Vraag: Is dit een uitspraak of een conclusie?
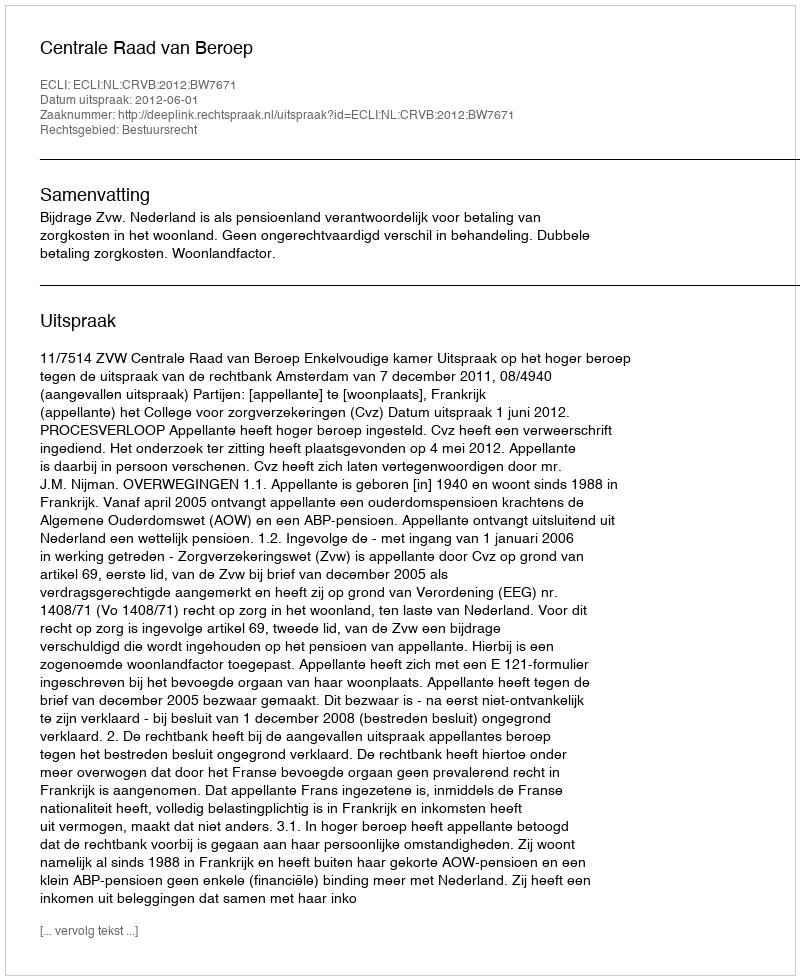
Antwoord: Uitspraak